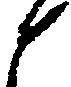
と